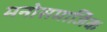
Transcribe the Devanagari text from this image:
मनोसमाजिक